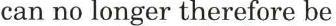
can no longer therefore be